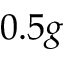
0 . 5 g